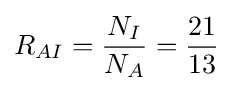
R_{AI}={\frac {N_{I}}{N_{A}}}={\frac {21}{13}}